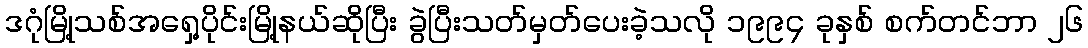
ဒဂုံမြို့သစ်အရှေ့ပိုင်းမြို့နယ်ဆိုပြီး ခွဲပြီးသတ်မှတ်ပေးခဲ့သလို ၁၉၉၄ ခုနှစ် စက်တင်ဘာ ၂၆